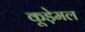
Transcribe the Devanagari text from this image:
कूड़ेमल